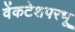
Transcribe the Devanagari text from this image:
वेंकटेशपरभू